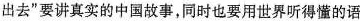
出去”要讲真实的中国故事，同时也要用世界听得懂的语